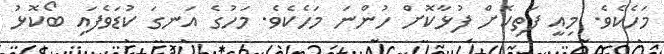
މަހެކެވެ. މިއީ ފަތިކޮށް ފުޅާކޮށް ހުންނަ މަހެކެވެ. މަހުގެ އަނގަ ކުޑަވެފައި ބޯކޮޅު